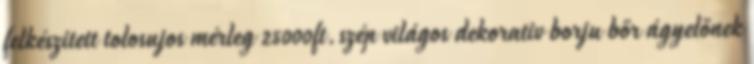
felkészitett tolosujos mérleg 25000ft.szép világos dekorativ borju bőr ágyelőnek